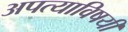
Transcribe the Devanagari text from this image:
अपत्याविषयी